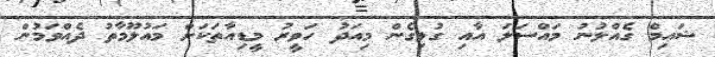
ޝައިމް ގެއްލުނު މައްސަލަ އާއި ގުޅިގެން މިއަދު ހަވީރު މީޑިއާތަކަށް މައުލޫމާތު ދެއްވަމުން